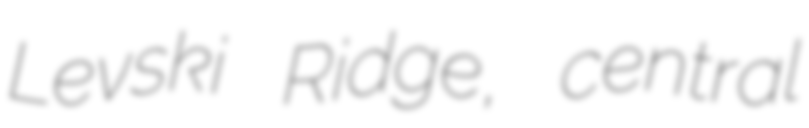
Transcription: Levski Ridge, central